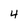
Character: 4